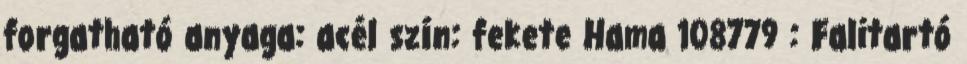
forgatható anyaga: acél szín: fekete Hama 108779 : Falitartó